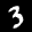
Label: 3